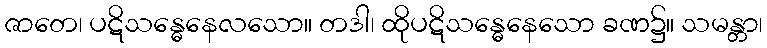
ဇာတေ၊ ပဋိသန္ဓေနေလသော။ တဒါ၊ ထိုပဋိသန္ဓေနေသော ခဏ၌။ သမန္တာ၊